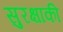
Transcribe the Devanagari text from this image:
सुरक्षाकी